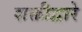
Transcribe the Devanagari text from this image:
शक्तीद्वारे